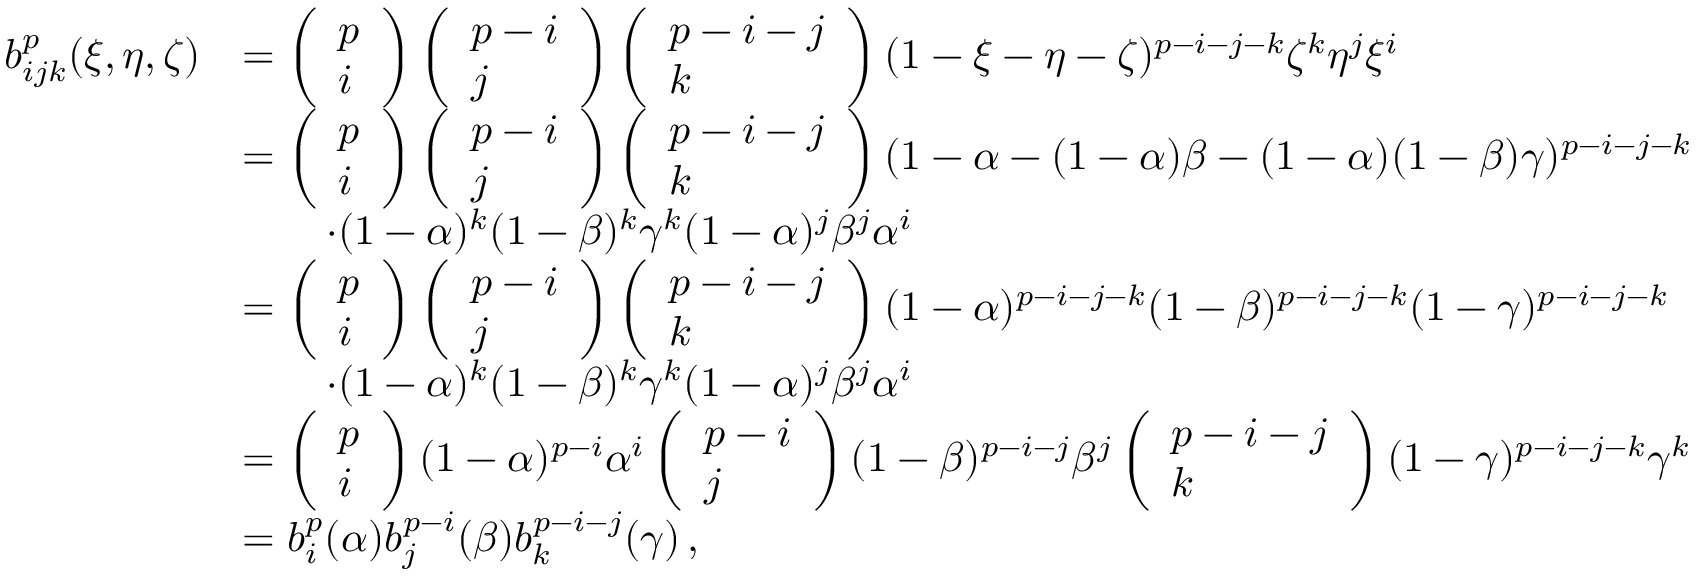
\begin{array} { r l } { b _ { i j k } ^ { p } ( \xi , \eta , \zeta ) } & { = \left( \begin{array} { l } { p } \\ { i } \end{array} \right) \left( \begin{array} { l } { p - i } \\ { j } \end{array} \right) \left( \begin{array} { l } { p - i - j } \\ { k } \end{array} \right) ( 1 - \xi - \eta - \zeta ) ^ { p - i - j - k } \zeta ^ { k } \eta ^ { j } \xi ^ { i } } \\ & { = \left( \begin{array} { l } { p } \\ { i } \end{array} \right) \left( \begin{array} { l } { p - i } \\ { j } \end{array} \right) \left( \begin{array} { l } { p - i - j } \\ { k } \end{array} \right) ( 1 - \alpha - ( 1 - \alpha ) \beta - ( 1 - \alpha ) ( 1 - \beta ) \gamma ) ^ { p - i - j - k } } \\ & { \qquad \cdot ( 1 - \alpha ) ^ { k } ( 1 - \beta ) ^ { k } \gamma ^ { k } ( 1 - \alpha ) ^ { j } \beta ^ { j } \alpha ^ { i } } \\ & { = \left( \begin{array} { l } { p } \\ { i } \end{array} \right) \left( \begin{array} { l } { p - i } \\ { j } \end{array} \right) \left( \begin{array} { l } { p - i - j } \\ { k } \end{array} \right) ( 1 - \alpha ) ^ { p - i - j - k } ( 1 - \beta ) ^ { p - i - j - k } ( 1 - \gamma ) ^ { p - i - j - k } } \\ & { \qquad \cdot ( 1 - \alpha ) ^ { k } ( 1 - \beta ) ^ { k } \gamma ^ { k } ( 1 - \alpha ) ^ { j } \beta ^ { j } \alpha ^ { i } } \\ & { = \left( \begin{array} { l } { p } \\ { i } \end{array} \right) ( 1 - \alpha ) ^ { p - i } \alpha ^ { i } \left( \begin{array} { l } { p - i } \\ { j } \end{array} \right) ( 1 - \beta ) ^ { p - i - j } \beta ^ { j } \left( \begin{array} { l } { p - i - j } \\ { k } \end{array} \right) ( 1 - \gamma ) ^ { p - i - j - k } \gamma ^ { k } } \\ & { = b _ { i } ^ { p } ( \alpha ) b _ { j } ^ { p - i } ( \beta ) b _ { k } ^ { p - i - j } ( \gamma ) \, , } \end{array}